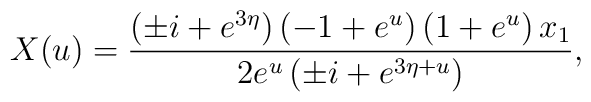
X(u)= { {\left( \pm i + e^{3 \eta} \right)   \left( -1 + {e^u} \right)  \left( 1 + {e^u} \right) x_1 } \over {2 {e^u} \left( \pm i + {e^{3 \eta + u}} \right) } },